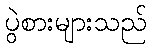
ပွဲစားများသည်